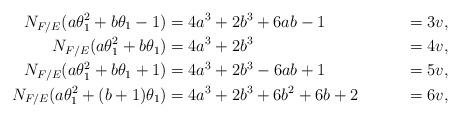
LaTeX: \begin{align*}N_{F/E}(a\theta_1^2 + b\theta_1 - 1) &= 4a^3 + 2b^3 + 6ab - 1 &= 3v,\\N_{F/E}(a\theta_1^2 + b\theta_1) &= 4a^3 + 2b^3 &= 4v,\\N_{F/E}(a\theta_1^2 + b\theta_1 + 1) &= 4a^3 + 2b^3 - 6ab + 1 &= 5v,\\N_{F/E}(a\theta_1^2 + (b+1)\theta_1) &= 4a^3 + 2b^3 + 6b^2 + 6b + 2 &= 6v,\\\end{align*}